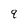
Character: 9